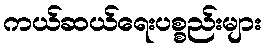
ကယ်ဆယ်ရေးပစ္စည်းများ